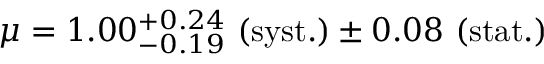
\mu = 1 . 0 0 _ { - 0 . 1 9 } ^ { + 0 . 2 4 } ~ \mathrm { ( s y s t . ) } \pm 0 . 0 8 ~ \mathrm { ( s t a t . ) }